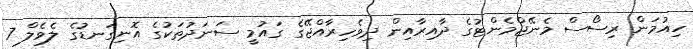
ހިއުމަން ރިސޯސް މެނޭޖްމެންޓުގެ ދާއިރާއިން ދިވެހިރާއްޖޭގެ ގައުމީ ސަނަދުތަކުގެ އޮނިގަނޑުގެ ލެވެލް 7